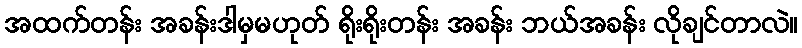
အထက်တန်း အခန်းဒါမှမဟုတ် ရိုးရိုးတန်း အခန်း ဘယ်အခန်း လိုချင်တာလဲ။